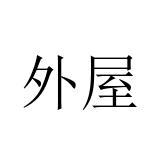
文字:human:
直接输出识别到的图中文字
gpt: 外屋